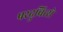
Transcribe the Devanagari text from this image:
परदुबित्से